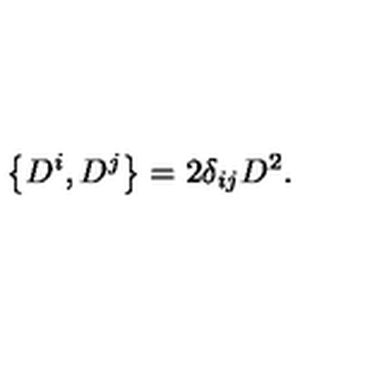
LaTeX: \left\{ D ^ { i } , D ^ { j } \right\} = 2 \delta _ { i j } D ^ { 2 } .